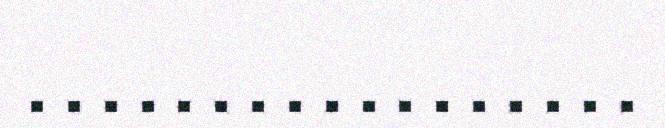
. . . . . . . . . . . . . . . . .